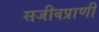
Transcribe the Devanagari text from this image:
सजीवप्राणी